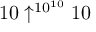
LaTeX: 1 0 \uparrow ^ { 1 0 ^ { 1 0 } } 1 0